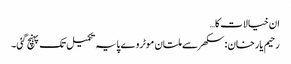
ان خیالات کا…
رحیم یارخان :سکھر سے ملتان موٹروے پایہ تکمیل تک پہنچ گئی۔